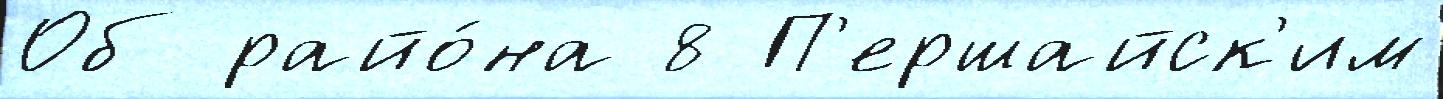
Об райо́на 8 П'ершайск'им